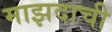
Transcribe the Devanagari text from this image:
माझदाची